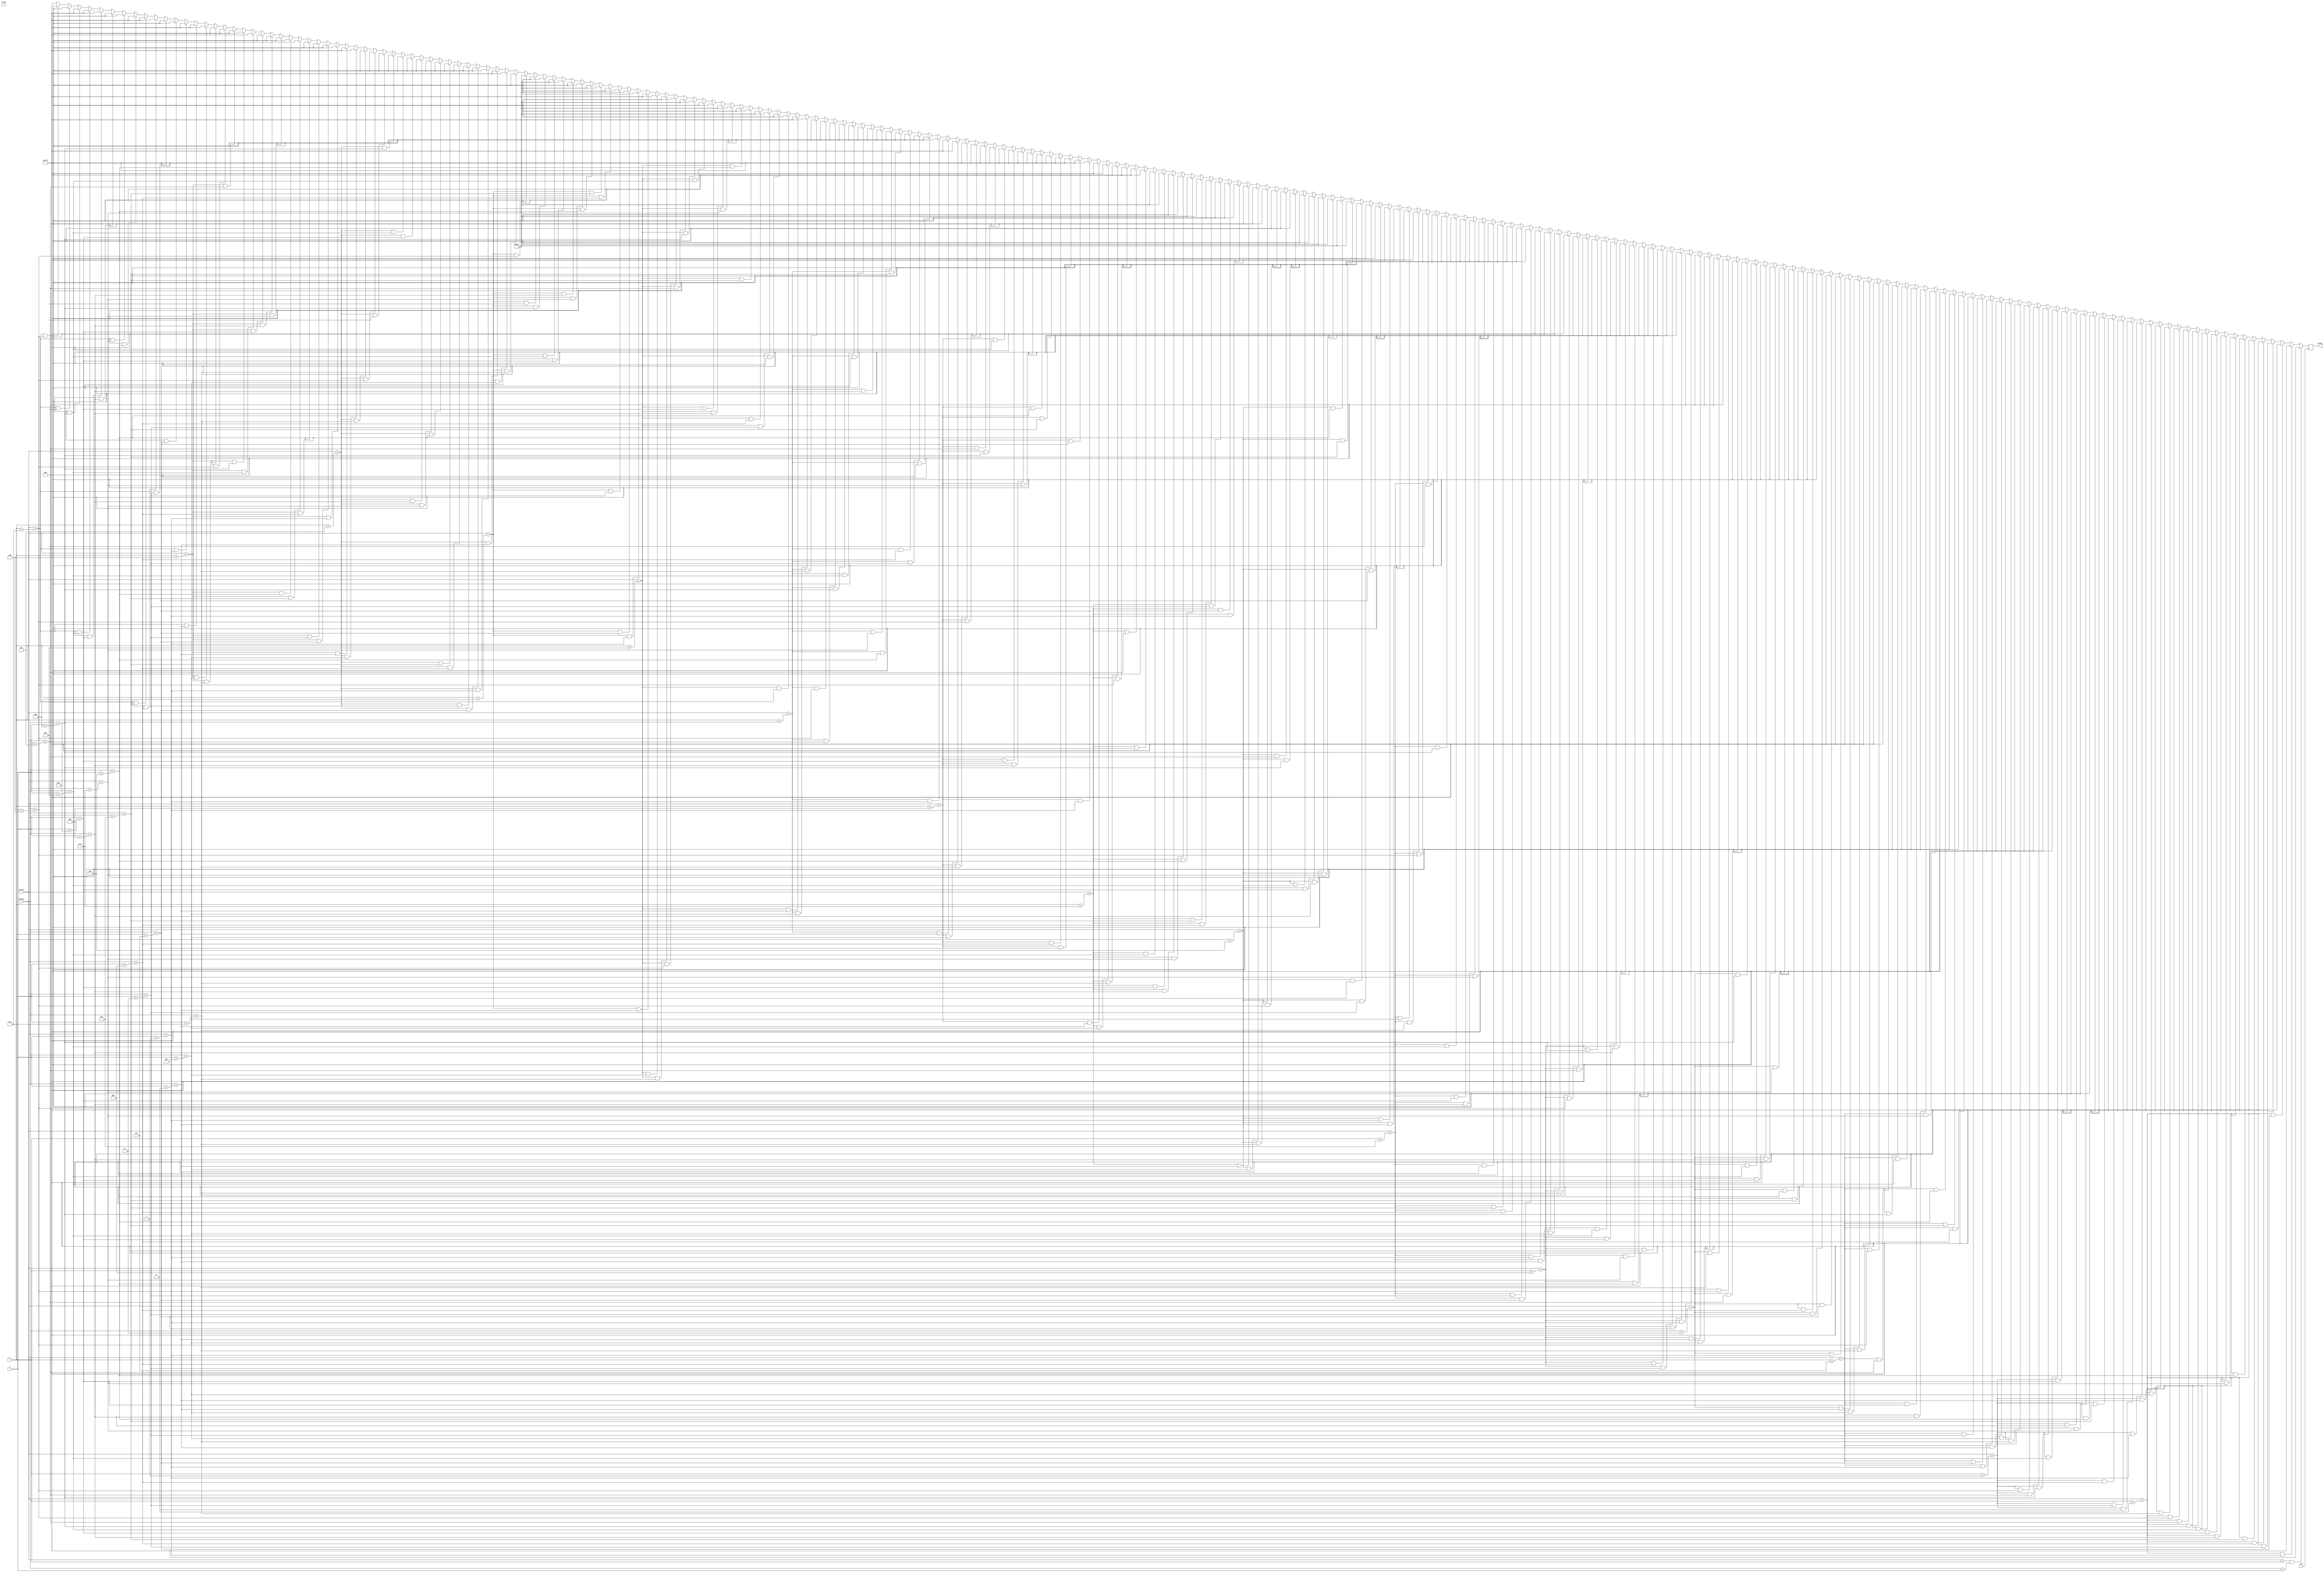
`timescale 1ns / 1ps
//////////////////////////////////////////////////////////////////////////////////
// Company: 
// Engineer: 
// 
// Design Name: 
// Module Name: ghost_scared_white_rectangle
// Project Name: 
// Target Devices: 
// Tool Versions: 
// Description: 
// 
// Dependencies: 
// 
// Revision:
// Revision 0.01 - File Created
// Additional Comments:
// 
//////////////////////////////////////////////////////////////////////////////////


module ghost_scared_white_triangle(
    input clk,
    input reset,
    input [10:0] x,
    input [9:0] y,
    input [10:0] hcount,
    input [9:0] vcount,
    output reg [11:0] pixel
    );
    
    always @(posedge clk) begin
    
    if (vcount == y && hcount == x) pixel <= 12'h000;
    else if (vcount == y + 0 && hcount == x + 1) pixel <= 12'h000;
    else if (vcount == y + 0 && hcount == x + 2) pixel <= 12'h000;
    else if (vcount == y + 0 && hcount == x + 3) pixel <= 12'h000;
    else if (vcount == y + 0 && hcount == x + 4) pixel <= 12'h000;
    else if (vcount == y + 0 && hcount == x + 5) pixel <= 12'h000;
    else if (vcount == y + 0 && hcount == x + 6) pixel <= 12'h000;
    else if (vcount == y + 0 && hcount == x + 7) pixel <= 12'h000;
    else if (vcount == y + 0 && hcount == x + 8) pixel <= 12'h000;
    else if (vcount == y + 0 && hcount == x + 9) pixel <= 12'h000;
    else if (vcount == y + 0 && hcount == x + 10) pixel <= 12'h000;
    else if (vcount == y + 0 && hcount == x + 11) pixel <= 12'h000;
    else if (vcount == y + 0 && hcount == x + 12) pixel <= 12'h000;
    else if (vcount == y + 0 && hcount == x + 13) pixel <= 12'h000;
    else if (vcount == y + 0 && hcount == x + 14) pixel <= 12'h000;
    else if (vcount == y + 0 && hcount == x + 15) pixel <= 12'h000;
    else if (vcount == y + 1 && hcount == x + 0) pixel <= 12'h000;
    else if (vcount == y + 1 && hcount == x + 1) pixel <= 12'h000;
    else if (vcount == y + 1 && hcount == x + 2) pixel <= 12'h000;
    else if (vcount == y + 1 && hcount == x + 3) pixel <= 12'h000;
    else if (vcount == y + 1 && hcount == x + 4) pixel <= 12'h000;
    else if (vcount == y + 1 && hcount == x + 5) pixel <= 12'h000;
    else if (vcount == y + 1 && hcount == x + 6) pixel <= 12'hFFF;
    else if (vcount == y + 1 && hcount == x + 7) pixel <= 12'hFFF;
    else if (vcount == y + 1 && hcount == x + 8) pixel <= 12'hFFF;
    else if (vcount == y + 1 && hcount == x + 9) pixel <= 12'hFFF;
    else if (vcount == y + 1 && hcount == x + 10) pixel <= 12'h000;
    else if (vcount == y + 1 && hcount == x + 11) pixel <= 12'h000;
    else if (vcount == y + 1 && hcount == x + 12) pixel <= 12'h000;
    else if (vcount == y + 1 && hcount == x + 13) pixel <= 12'h000;
    else if (vcount == y + 1 && hcount == x + 14) pixel <= 12'h000;
    else if (vcount == y + 1 && hcount == x + 15) pixel <= 12'h000;
    else if (vcount == y + 2 && hcount == x + 0) pixel <= 12'h000;
    else if (vcount == y + 2 && hcount == x + 1) pixel <= 12'h000;
    else if (vcount == y + 2 && hcount == x + 2) pixel <= 12'h000;
    else if (vcount == y + 2 && hcount == x + 3) pixel <= 12'h000;
    else if (vcount == y + 2 && hcount == x + 4) pixel <= 12'hFFF;
    else if (vcount == y + 2 && hcount == x + 5) pixel <= 12'hFFF;
    else if (vcount == y + 2 && hcount == x + 6) pixel <= 12'hFFF;
    else if (vcount == y + 2 && hcount == x + 7) pixel <= 12'hFFF;
    else if (vcount == y + 2 && hcount == x + 8) pixel <= 12'hFFF;
    else if (vcount == y + 2 && hcount == x + 9) pixel <= 12'hFFF;
    else if (vcount == y + 2 && hcount == x + 10) pixel <= 12'hFFF;
    else if (vcount == y + 2 && hcount == x + 11) pixel <= 12'hFFF;
    else if (vcount == y + 2 && hcount == x + 12) pixel <= 12'h000;
    else if (vcount == y + 2 && hcount == x + 13) pixel <= 12'h000;
    else if (vcount == y + 2 && hcount == x + 14) pixel <= 12'h000;
    else if (vcount == y + 2 && hcount == x + 15) pixel <= 12'h000;
    else if (vcount == y + 3 && hcount == x + 0) pixel <= 12'h000;
    else if (vcount == y + 3 && hcount == x + 1) pixel <= 12'h000;
    else if (vcount == y + 3 && hcount == x + 2) pixel <= 12'h000;
    else if (vcount == y + 3 && hcount == x + 3) pixel <= 12'hFFF;
    else if (vcount == y + 3 && hcount == x + 4) pixel <= 12'hFFF;
    else if (vcount == y + 3 && hcount == x + 5) pixel <= 12'hFFF;
    else if (vcount == y + 3 && hcount == x + 6) pixel <= 12'hFFF;
    else if (vcount == y + 3 && hcount == x + 7) pixel <= 12'hFFF;
    else if (vcount == y + 3 && hcount == x + 8) pixel <= 12'hFFF;
    else if (vcount == y + 3 && hcount == x + 9) pixel <= 12'hFFF;
    else if (vcount == y + 3 && hcount == x + 10) pixel <= 12'hFFF;
    else if (vcount == y + 3 && hcount == x + 11) pixel <= 12'hFFF;
    else if (vcount == y + 3 && hcount == x + 12) pixel <= 12'hFFF;
    else if (vcount == y + 3 && hcount == x + 13) pixel <= 12'h000;
    else if (vcount == y + 3 && hcount == x + 14) pixel <= 12'h000;
    else if (vcount == y + 3 && hcount == x + 15) pixel <= 12'h000;
    else if (vcount == y + 4 && hcount == x + 0) pixel <= 12'h000;
    else if (vcount == y + 4 && hcount == x + 1) pixel <= 12'h000;
    else if (vcount == y + 4 && hcount == x + 2) pixel <= 12'hFFF;
    else if (vcount == y + 4 && hcount == x + 3) pixel <= 12'hFFF;
    else if (vcount == y + 4 && hcount == x + 4) pixel <= 12'hFFF;
    else if (vcount == y + 4 && hcount == x + 5) pixel <= 12'hFFF;
    else if (vcount == y + 4 && hcount == x + 6) pixel <= 12'hFFF;
    else if (vcount == y + 4 && hcount == x + 7) pixel <= 12'hFFF;
    else if (vcount == y + 4 && hcount == x + 8) pixel <= 12'hFFF;
    else if (vcount == y + 4 && hcount == x + 9) pixel <= 12'hFFF;
    else if (vcount == y + 4 && hcount == x + 10) pixel <= 12'hFFF;
    else if (vcount == y + 4 && hcount == x + 11) pixel <= 12'hFFF;
    else if (vcount == y + 4 && hcount == x + 12) pixel <= 12'hFFF;
    else if (vcount == y + 4 && hcount == x + 13) pixel <= 12'hFFF;
    else if (vcount == y + 4 && hcount == x + 14) pixel <= 12'h000;
    else if (vcount == y + 4 && hcount == x + 15) pixel <= 12'h000;
    else if (vcount == y + 5 && hcount == x + 0) pixel <= 12'h000;
    else if (vcount == y + 5 && hcount == x + 1) pixel <= 12'h000;
    else if (vcount == y + 5 && hcount == x + 2) pixel <= 12'hFFF;
    else if (vcount == y + 5 && hcount == x + 3) pixel <= 12'hFFF;
    else if (vcount == y + 5 && hcount == x + 4) pixel <= 12'hFFF;
    else if (vcount == y + 5 && hcount == x + 5) pixel <= 12'hFFF;
    else if (vcount == y + 5 && hcount == x + 6) pixel <= 12'hFFF;
    else if (vcount == y + 5 && hcount == x + 7) pixel <= 12'hFFF;
    else if (vcount == y + 5 && hcount == x + 8) pixel <= 12'hFFF;
    else if (vcount == y + 5 && hcount == x + 9) pixel <= 12'hFFF;
    else if (vcount == y + 5 && hcount == x + 10) pixel <= 12'hFFF;
    else if (vcount == y + 5 && hcount == x + 11) pixel <= 12'hFFF;
    else if (vcount == y + 5 && hcount == x + 12) pixel <= 12'hFFF;
    else if (vcount == y + 5 && hcount == x + 13) pixel <= 12'hFFF;
    else if (vcount == y + 5 && hcount == x + 14) pixel <= 12'h000;
    else if (vcount == y + 5 && hcount == x + 15) pixel <= 12'h000;
    else if (vcount == y + 6 && hcount == x + 0) pixel <= 12'h000;
    else if (vcount == y + 6 && hcount == x + 1) pixel <= 12'h000;
    else if (vcount == y + 6 && hcount == x + 2) pixel <= 12'hFFF;
    else if (vcount == y + 6 && hcount == x + 3) pixel <= 12'hFFF;
    else if (vcount == y + 6 && hcount == x + 4) pixel <= 12'hFFF;
    else if (vcount == y + 6 && hcount == x + 5) pixel <= 12'hF00;
    else if (vcount == y + 6 && hcount == x + 6) pixel <= 12'hF00;
    else if (vcount == y + 6 && hcount == x + 7) pixel <= 12'hFFF;
    else if (vcount == y + 6 && hcount == x + 8) pixel <= 12'hFFF;
    else if (vcount == y + 6 && hcount == x + 9) pixel <= 12'hF00;
    else if (vcount == y + 6 && hcount == x + 10) pixel <= 12'hF00;
    else if (vcount == y + 6 && hcount == x + 11) pixel <= 12'hFFF;
    else if (vcount == y + 6 && hcount == x + 12) pixel <= 12'hFFF;
    else if (vcount == y + 6 && hcount == x + 13) pixel <= 12'hFFF;
    else if (vcount == y + 6 && hcount == x + 14) pixel <= 12'h000;
    else if (vcount == y + 6 && hcount == x + 15) pixel <= 12'h000;
    else if (vcount == y + 7 && hcount == x + 0) pixel <= 12'h000;
    else if (vcount == y + 7 && hcount == x + 1) pixel <= 12'hFFF;
    else if (vcount == y + 7 && hcount == x + 2) pixel <= 12'hFFF;
    else if (vcount == y + 7 && hcount == x + 3) pixel <= 12'hFFF;
    else if (vcount == y + 7 && hcount == x + 4) pixel <= 12'hFFF;
    else if (vcount == y + 7 && hcount == x + 5) pixel <= 12'hF00;
    else if (vcount == y + 7 && hcount == x + 6) pixel <= 12'hF00;
    else if (vcount == y + 7 && hcount == x + 7) pixel <= 12'hFFF;
    else if (vcount == y + 7 && hcount == x + 8) pixel <= 12'hFFF;
    else if (vcount == y + 7 && hcount == x + 9) pixel <= 12'hF00;
    else if (vcount == y + 7 && hcount == x + 10) pixel <= 12'hF00;
    else if (vcount == y + 7 && hcount == x + 11) pixel <= 12'hFFF;
    else if (vcount == y + 7 && hcount == x + 12) pixel <= 12'hFFF;
    else if (vcount == y + 7 && hcount == x + 13) pixel <= 12'hFFF;
    else if (vcount == y + 7 && hcount == x + 14) pixel <= 12'hFFF;
    else if (vcount == y + 7 && hcount == x + 15) pixel <= 12'h000;
    else if (vcount == y + 8 && hcount == x + 0) pixel <= 12'h000;
    else if (vcount == y + 8 && hcount == x + 1) pixel <= 12'hFFF;
    else if (vcount == y + 8 && hcount == x + 2) pixel <= 12'hFFF;
    else if (vcount == y + 8 && hcount == x + 3) pixel <= 12'hFFF;
    else if (vcount == y + 8 && hcount == x + 4) pixel <= 12'hFFF;
    else if (vcount == y + 8 && hcount == x + 5) pixel <= 12'hFFF;
    else if (vcount == y + 8 && hcount == x + 6) pixel <= 12'hFFF;
    else if (vcount == y + 8 && hcount == x + 7) pixel <= 12'hFFF;
    else if (vcount == y + 8 && hcount == x + 8) pixel <= 12'hFFF;
    else if (vcount == y + 8 && hcount == x + 9) pixel <= 12'hFFF;
    else if (vcount == y + 8 && hcount == x + 10) pixel <= 12'hFFF;
    else if (vcount == y + 8 && hcount == x + 11) pixel <= 12'hFFF;
    else if (vcount == y + 8 && hcount == x + 12) pixel <= 12'hFFF;
    else if (vcount == y + 8 && hcount == x + 13) pixel <= 12'hFFF;
    else if (vcount == y + 8 && hcount == x + 14) pixel <= 12'hFFF;
    else if (vcount == y + 8 && hcount == x + 15) pixel <= 12'h000;
    else if (vcount == y + 9 && hcount == x + 0) pixel <= 12'h000;
    else if (vcount == y + 9 && hcount == x + 1) pixel <= 12'hFFF;
    else if (vcount == y + 9 && hcount == x + 2) pixel <= 12'hFFF;
    else if (vcount == y + 9 && hcount == x + 3) pixel <= 12'hFFF;
    else if (vcount == y + 9 && hcount == x + 4) pixel <= 12'hFFF;
    else if (vcount == y + 9 && hcount == x + 5) pixel <= 12'hFFF;
    else if (vcount == y + 9 && hcount == x + 6) pixel <= 12'hFFF;
    else if (vcount == y + 9 && hcount == x + 7) pixel <= 12'hFFF;
    else if (vcount == y + 9 && hcount == x + 8) pixel <= 12'hFFF;
    else if (vcount == y + 9 && hcount == x + 9) pixel <= 12'hFFF;
    else if (vcount == y + 9 && hcount == x + 10) pixel <= 12'hFFF;
    else if (vcount == y + 9 && hcount == x + 11) pixel <= 12'hFFF;
    else if (vcount == y + 9 && hcount == x + 12) pixel <= 12'hFFF;
    else if (vcount == y + 9 && hcount == x + 13) pixel <= 12'hFFF;
    else if (vcount == y + 9 && hcount == x + 14) pixel <= 12'hFFF;
    else if (vcount == y + 9 && hcount == x + 15) pixel <= 12'h000;
    else if (vcount == y + 10 && hcount == x + 0) pixel <= 12'h000;
    else if (vcount == y + 10 && hcount == x + 1) pixel <= 12'hFFF;
    else if (vcount == y + 10 && hcount == x + 2) pixel <= 12'hFFF;
    else if (vcount == y + 10 && hcount == x + 3) pixel <= 12'hF00;
    else if (vcount == y + 10 && hcount == x + 4) pixel <= 12'hF00;
    else if (vcount == y + 10 && hcount == x + 5) pixel <= 12'hFFF;
    else if (vcount == y + 10 && hcount == x + 6) pixel <= 12'hFFF;
    else if (vcount == y + 10 && hcount == x + 7) pixel <= 12'hF00;
    else if (vcount == y + 10 && hcount == x + 8) pixel <= 12'hF00;
    else if (vcount == y + 10 && hcount == x + 9) pixel <= 12'hFFF;
    else if (vcount == y + 10 && hcount == x + 10) pixel <= 12'hFFF;
    else if (vcount == y + 10 && hcount == x + 11) pixel <= 12'hF00;
    else if (vcount == y + 10 && hcount == x + 12) pixel <= 12'hF00;
    else if (vcount == y + 10 && hcount == x + 13) pixel <= 12'hFFF;
    else if (vcount == y + 10 && hcount == x + 14) pixel <= 12'hFFF;
    else if (vcount == y + 10 && hcount == x + 15) pixel <= 12'h000;
    else if (vcount == y + 11 && hcount == x + 0) pixel <= 12'h000;
    else if (vcount == y + 11 && hcount == x + 1) pixel <= 12'hFFF;
    else if (vcount == y + 11 && hcount == x + 2) pixel <= 12'hF00;
    else if (vcount == y + 11 && hcount == x + 3) pixel <= 12'hFFF;
    else if (vcount == y + 11 && hcount == x + 4) pixel <= 12'hFFF;
    else if (vcount == y + 11 && hcount == x + 5) pixel <= 12'hF00;
    else if (vcount == y + 11 && hcount == x + 6) pixel <= 12'hF00;
    else if (vcount == y + 11 && hcount == x + 7) pixel <= 12'hFFF;
    else if (vcount == y + 11 && hcount == x + 8) pixel <= 12'hFFF;
    else if (vcount == y + 11 && hcount == x + 9) pixel <= 12'hF00;
    else if (vcount == y + 11 && hcount == x + 10) pixel <= 12'hF00;
    else if (vcount == y + 11 && hcount == x + 11) pixel <= 12'hFFF;
    else if (vcount == y + 11 && hcount == x + 12) pixel <= 12'hFFF;
    else if (vcount == y + 11 && hcount == x + 13) pixel <= 12'hF00;
    else if (vcount == y + 11 && hcount == x + 14) pixel <= 12'hFFF;
    else if (vcount == y + 11 && hcount == x + 15) pixel <= 12'h000;
    else if (vcount == y + 12 && hcount == x + 0) pixel <= 12'h000;
    else if (vcount == y + 12 && hcount == x + 1) pixel <= 12'hFFF;
    else if (vcount == y + 12 && hcount == x + 2) pixel <= 12'hFFF;
    else if (vcount == y + 12 && hcount == x + 3) pixel <= 12'hFFF;
    else if (vcount == y + 12 && hcount == x + 4) pixel <= 12'hFFF;
    else if (vcount == y + 12 && hcount == x + 5) pixel <= 12'hFFF;
    else if (vcount == y + 12 && hcount == x + 6) pixel <= 12'hFFF;
    else if (vcount == y + 12 && hcount == x + 7) pixel <= 12'hFFF;
    else if (vcount == y + 12 && hcount == x + 8) pixel <= 12'hFFF;
    else if (vcount == y + 12 && hcount == x + 9) pixel <= 12'hFFF;
    else if (vcount == y + 12 && hcount == x + 10) pixel <= 12'hFFF;
    else if (vcount == y + 12 && hcount == x + 11) pixel <= 12'hFFF;
    else if (vcount == y + 12 && hcount == x + 12) pixel <= 12'hFFF;
    else if (vcount == y + 12 && hcount == x + 13) pixel <= 12'hFFF;
    else if (vcount == y + 12 && hcount == x + 14) pixel <= 12'hFFF;
    else if (vcount == y + 12 && hcount == x + 15) pixel <= 12'h000;
    else if (vcount == y + 13 && hcount == x + 0) pixel <= 12'h000;
    else if (vcount == y + 13 && hcount == x + 1) pixel <= 12'hFFF;
    else if (vcount == y + 13 && hcount == x + 2) pixel <= 12'hFFF;
    else if (vcount == y + 13 && hcount == x + 3) pixel <= 12'hFFF;
    else if (vcount == y + 13 && hcount == x + 4) pixel <= 12'hFFF;
    else if (vcount == y + 13 && hcount == x + 5) pixel <= 12'h000;
    else if (vcount == y + 13 && hcount == x + 6) pixel <= 12'hFFF;
    else if (vcount == y + 13 && hcount == x + 7) pixel <= 12'hFFF;
    else if (vcount == y + 13 && hcount == x + 8) pixel <= 12'hFFF;
    else if (vcount == y + 13 && hcount == x + 9) pixel <= 12'hFFF;
    else if (vcount == y + 13 && hcount == x + 10) pixel <= 12'h000;
    else if (vcount == y + 13 && hcount == x + 11) pixel <= 12'hFFF;
    else if (vcount == y + 13 && hcount == x + 12) pixel <= 12'hFFF;
    else if (vcount == y + 13 && hcount == x + 13) pixel <= 12'hFFF;
    else if (vcount == y + 13 && hcount == x + 14) pixel <= 12'hFFF;
    else if (vcount == y + 13 && hcount == x + 15) pixel <= 12'h000;
    else if (vcount == y + 14 && hcount == x + 0) pixel <= 12'h000;
    else if (vcount == y + 14 && hcount == x + 1) pixel <= 12'h000;
    else if (vcount == y + 14 && hcount == x + 2) pixel <= 12'hFFF;
    else if (vcount == y + 14 && hcount == x + 3) pixel <= 12'hFFF;
    else if (vcount == y + 14 && hcount == x + 4) pixel <= 12'h000;
    else if (vcount == y + 14 && hcount == x + 5) pixel <= 12'h000;
    else if (vcount == y + 14 && hcount == x + 6) pixel <= 12'h000;
    else if (vcount == y + 14 && hcount == x + 7) pixel <= 12'hFFF;
    else if (vcount == y + 14 && hcount == x + 8) pixel <= 12'hFFF;
    else if (vcount == y + 14 && hcount == x + 9) pixel <= 12'h000;
    else if (vcount == y + 14 && hcount == x + 10) pixel <= 12'h000;
    else if (vcount == y + 14 && hcount == x + 11) pixel <= 12'h000;
    else if (vcount == y + 14 && hcount == x + 12) pixel <= 12'hFFF;
    else if (vcount == y + 14 && hcount == x + 13) pixel <= 12'hFFF;
    else if (vcount == y + 14 && hcount == x + 14) pixel <= 12'h000;
    else if (vcount == y + 14 && hcount == x + 15) pixel <= 12'h000;
    else if (vcount == y + 15 && hcount == x + 0) pixel <= 12'h000;
    else if (vcount == y + 15 && hcount == x + 1) pixel <= 12'h000;
    else if (vcount == y + 15 && hcount == x + 2) pixel <= 12'h000;
    else if (vcount == y + 15 && hcount == x + 3) pixel <= 12'h000;
    else if (vcount == y + 15 && hcount == x + 4) pixel <= 12'h000;
    else if (vcount == y + 15 && hcount == x + 5) pixel <= 12'h000;
    else if (vcount == y + 15 && hcount == x + 6) pixel <= 12'h000;
    else if (vcount == y + 15 && hcount == x + 7) pixel <= 12'h000;
    else if (vcount == y + 15 && hcount == x + 8) pixel <= 12'h000;
    else if (vcount == y + 15 && hcount == x + 9) pixel <= 12'h000;
    else if (vcount == y + 15 && hcount == x + 10) pixel <= 12'h000;
    else if (vcount == y + 15 && hcount == x + 11) pixel <= 12'h000;
    else if (vcount == y + 15 && hcount == x + 12) pixel <= 12'h000;
    else if (vcount == y + 15 && hcount == x + 13) pixel <= 12'h000;
    else if (vcount == y + 15 && hcount == x + 14) pixel <= 12'h000;
    else if (vcount == y + 15 && hcount == x + 15) pixel <= 12'h000;
    else pixel <= 12'h000;
    
    end
endmodule